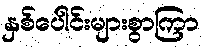
နှစ်ပေါင်းများစွာကြာ